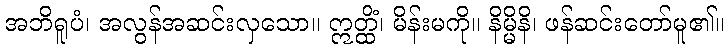
အဘိရူပံ၊ အလွန်အဆင်းလှသော။ ဣတ္ထိံ၊ မိန်းမကို။ နိမ္မိနိ၊ ဖန်ဆင်းတော်မူ၏။